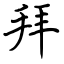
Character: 拜